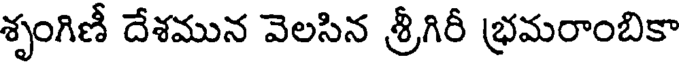
శృంగిణీ దేశమున వెలసిన శ్రీగిరీ భ్రమరాంబికా